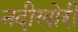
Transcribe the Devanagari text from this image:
नदीखोरी